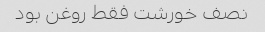
نصف خورشت فقط روغن بود